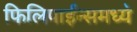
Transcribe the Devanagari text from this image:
फिलिपाईन्समध्ये